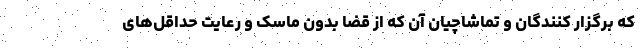
که برگزار کنندگان و تماشاچیان آن که از قضا بدون ماسک و رعایت حداقل‌های